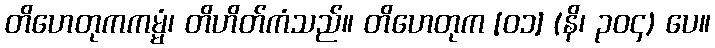
တိဟေတုကကမ္မံ၊ တိဟိတ်ကံသည်။ တိဟေတုက [၀၁] (နိ၊ ၃၀၄) ပေ။